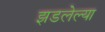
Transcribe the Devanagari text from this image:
झडलेल्या